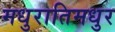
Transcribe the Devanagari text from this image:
मधुरातिमधुर